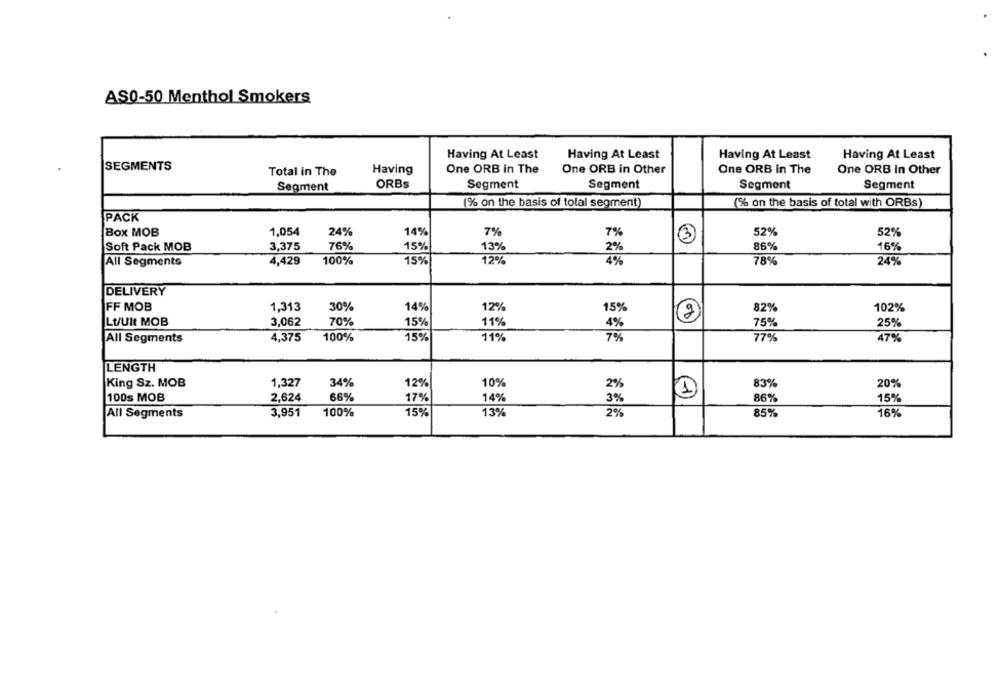
AS0-50 Menthol Smokers
Having At Least
Having At Least
Having At Least
Having At Least
SEGMENTS
Total in The
Having
One ORB in The
One ORB in Other
One ORB in The
One ORB In Other
Segment
ORBs
Segment
Segment
Segment
Segment
(% on the basis of total segment)
(% on the basis of total with ORBs)
PACK
Box MOB
1,054
24%
14%
7%
7%
52%
52%
Soft Pack MOB
3,375
76%
15%
13%
2%
86%
16%
All Segments
4,429
100%
15%
12%
4%
78%
24%
DELIVERY
FF MOB
12%
1,313
30%
14%
15%
82%
102%
Lt/UIt MOB
3,062
70%
15%
11%
4%
75%
25%
All Segments
4,375
100%
15%
11%
7%
77%
47%
LENGTH
34%
10%
83%
King Sz. MOB
1,327
12%
2%
20%
1
100s MOB
2.624
66%
17%
14%
3%
86%
15%
All Segments
3.951
100%
15%
13%
2%
85%
16%